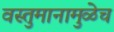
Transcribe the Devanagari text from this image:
वस्तुमानामुळेच